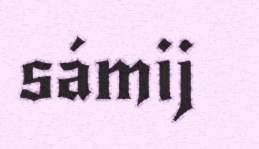
sámij